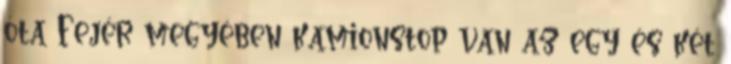
óta Fejér megyében kamionstop van az egy és két